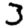
Digit: 3